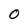
Character: O